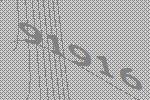
91916